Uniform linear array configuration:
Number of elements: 32
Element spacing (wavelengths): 0.5
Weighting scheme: kaiser
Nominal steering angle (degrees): -15
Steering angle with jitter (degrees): -15.782
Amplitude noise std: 0.05
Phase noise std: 0.05

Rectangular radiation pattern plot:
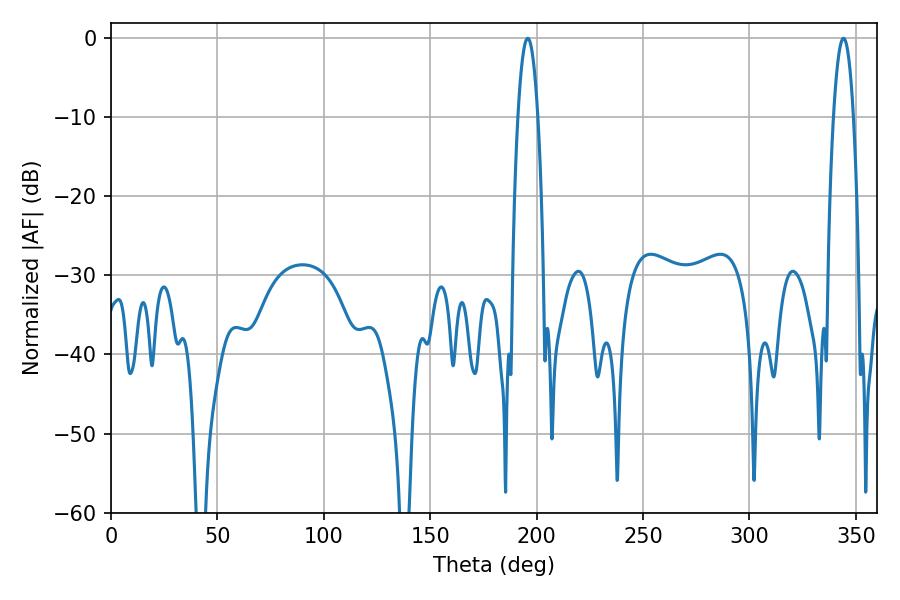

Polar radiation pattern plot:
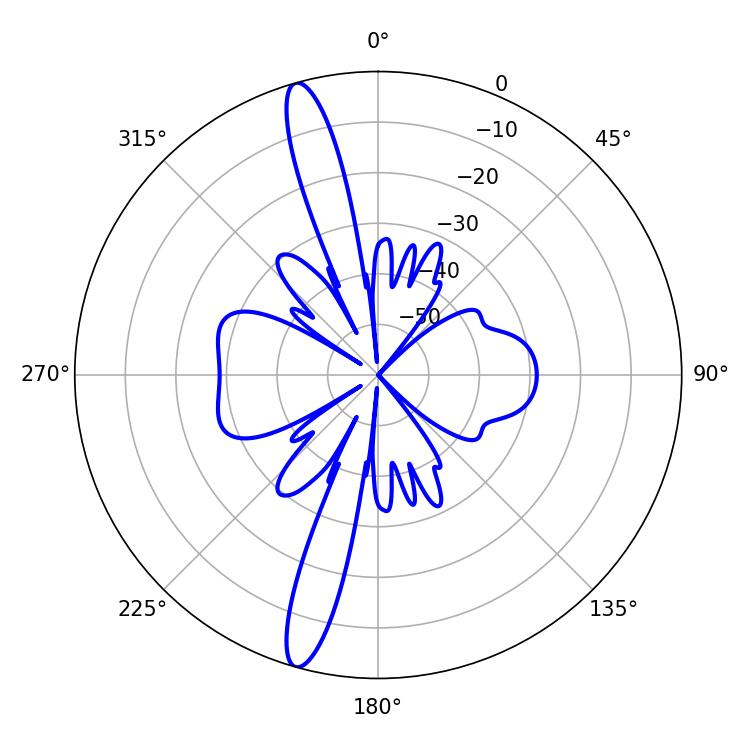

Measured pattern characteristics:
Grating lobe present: FALSE
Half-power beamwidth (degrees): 5.04
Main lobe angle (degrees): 195.84